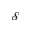
\mathcal { S }